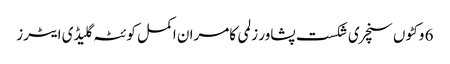
6 وکٹوں سنچری شکست پشاور زلمی کامران اکمل کوئٹہ گلیڈی ایٹرز